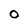
Character: 0